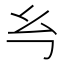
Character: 𭙈